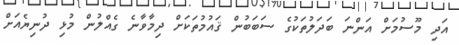
އަދި މޫސުމަށް އަންނަ ބަދަލުތަކުގެ ސަބަބުން ޤައުމުތަކަށް ދިމާވާނެ ގެއްލުން މުޅި ދުނިޔެއަށް